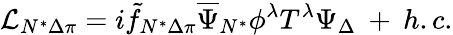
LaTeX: {\cal L}_{N^{*}\Delta\pi}=i\tilde{f}_{N^{*}\Delta\pi}\overline{{{\Psi}}}_{N^{*}}\phi^{\lambda}T^{\lambda}{\Psi}_{\Delta}\: +\: h.c.